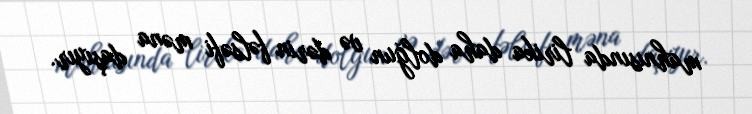
mahnısında lirika daha dolğun və dərin fəlsəfi məna daşıyır.